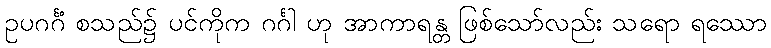
ဥပဂင်္ဂံ စသည်၌ ပင်ကိုက ဂင်္ဂါ ဟု အာကာရန္တ ဖြစ်သော်လည်း သရော ရဿော